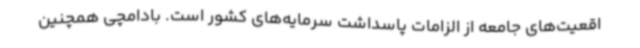
اقعیت‌های جامعه از الزامات پاسداشت سرمایه‌های کشور است. بادامچی همچنین